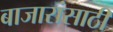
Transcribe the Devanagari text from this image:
बाजारांसाठी